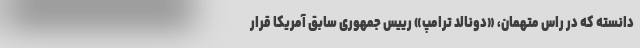
دانسته که در راس متهمان، «دونالد ترامپ» رییس جمهوری سابق آمریکا قرار